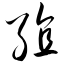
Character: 殖